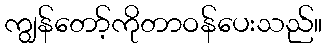
ကျွန်တော့်ကိုတာဝန်ပေးသည်။